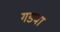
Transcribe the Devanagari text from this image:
गडबा